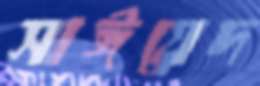
সাঈয়েদ